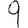
Digit: 9